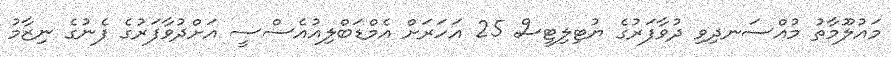
މައުލޫމާތު މުއްސަނދިވި ދުވާފަރުގެ ޔުޓިލިޓީސް 25 އަހަރަށް އެމްޑަބްލިއުއެސްސީ އަށްދުވާފަރުގެ ފެނުގެ ނިޒާމު